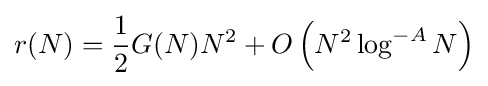
r(N)={1 \over 2}G(N)N^{2}+O\left(N^{2}\log ^{-A}N\right)